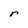
Character: r